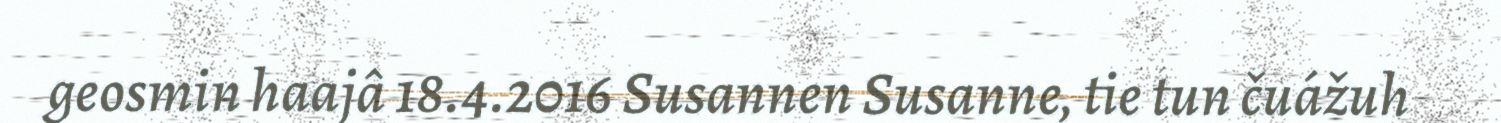
geosmin haajâ 18.4.2016 Susannen Susanne, tie tun čuážuh